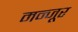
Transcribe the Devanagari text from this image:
मन्जूर